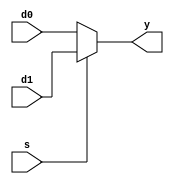
module mx2_32bits(d0, d1, s, y);

	input [31:0] d0, d1; // 32bit input bus ports
	input s;				  // input port
	output [31:0] y;	  // 32bit output bus port
	
	
	// Gate instance
	assign y = (s==0)?d0:d1;
	
endmodule